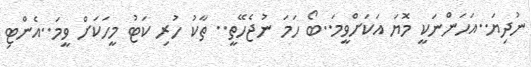
ނުދިޔަ..އަހަންނަކީ މޮޔަ އަކަށްވީމަ..ބޯ ހަމަ ނުޖެހޭތީ.. ތާކު ހުރި ކަޓު މީހަކަށް ވީމަ..އެންޓި